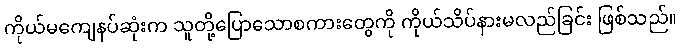
ကိုယ်မကျေနပ်ဆုံးက သူတို့ပြောသောစကားတွေကို ကိုယ်သိပ်နားမလည်ခြင်း ဖြစ်သည်။